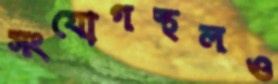
সংযোগস্থলও